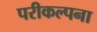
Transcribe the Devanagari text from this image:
परीकल्पना